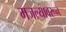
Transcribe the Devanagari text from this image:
मजल्यावरून